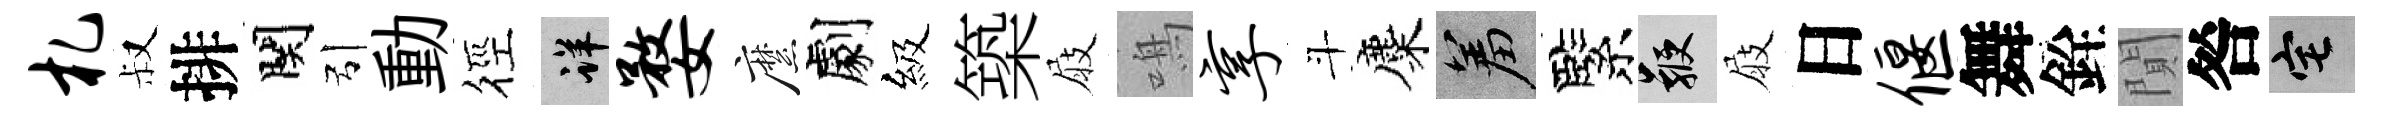
札叔排関引動徑详婺縻劇級築屐鳴享斗麋羞緊鞭屐日偃舞銓閴咎宅